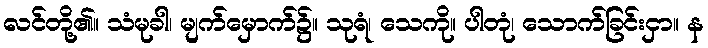
လင်တို့၏။ သံမုခါ၊ မျက်မှောက်၌။ သုရံ၊ သေကို။ ပါတုံ၊ သောက်ခြင်းငှာ။ န